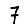
Digit: 7